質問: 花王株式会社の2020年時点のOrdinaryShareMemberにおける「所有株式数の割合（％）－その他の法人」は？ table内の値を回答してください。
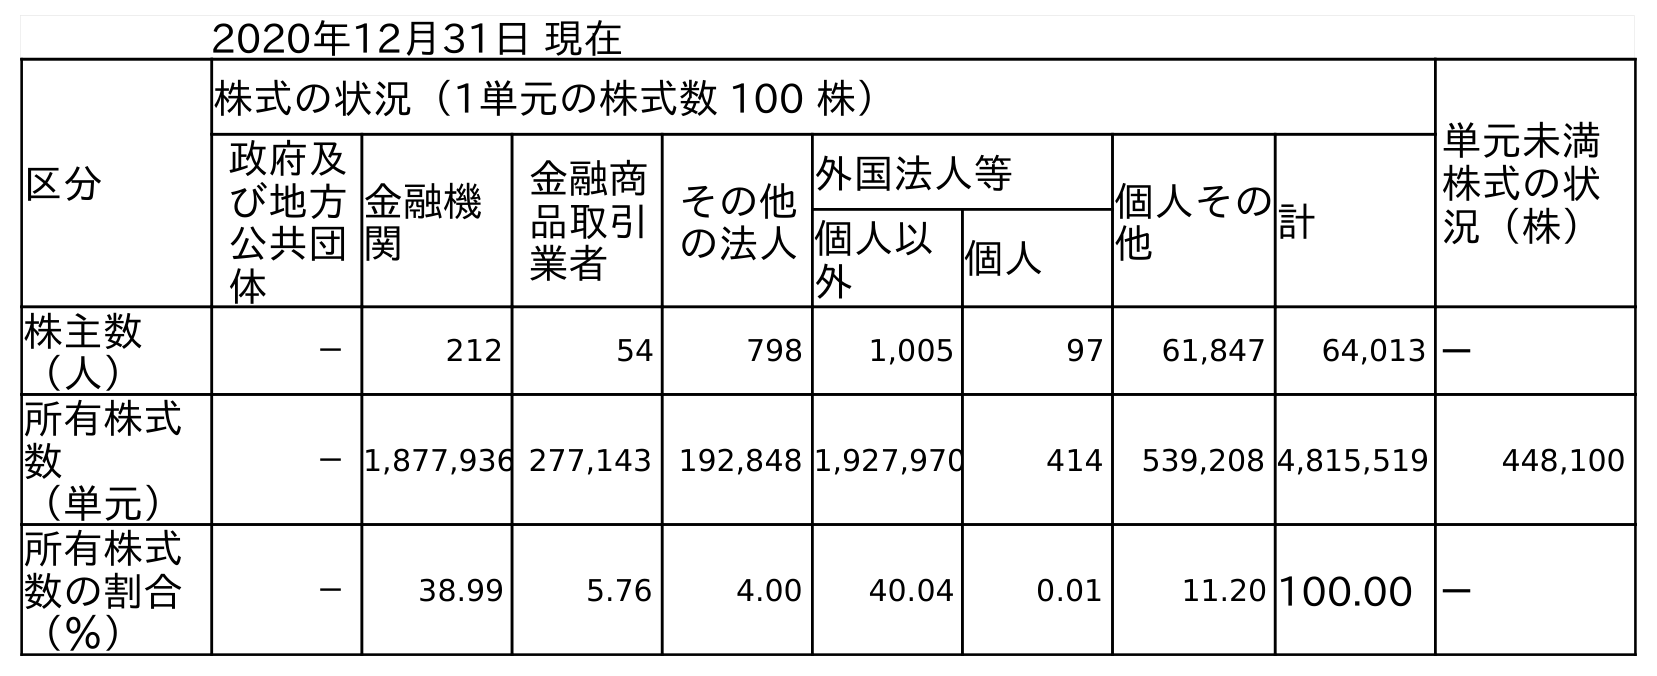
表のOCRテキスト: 2020年12月31日 現在 区分 株式の状況（1単元の株式数 100 株） 単元未満 株式の状 況（株） 政府及 び地方 公共団 体 金融機 関 金融商 品取引 業者 その他 の法人 外国法人等 個人その 他 計 個人以 外 個人 株主数 （人） － 212 54 798 1,005 97 61,847 64,013 － 所有株式 数 （単元） －1,877,936 277,143 192,848 1,927,970 414 539,208 4,815,519 448,100 所有株式 数の割合 （％） － 38.99 5.76 4.00 40.04 0.01 11.20 100.00 －
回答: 4.00